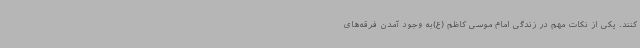
کنند. یکی از نکات مهم در زندگی امام موسی کاظم (ع)به وجود آمدن فرقه‌های